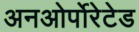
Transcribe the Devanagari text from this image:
अनओर्पोरेटेड